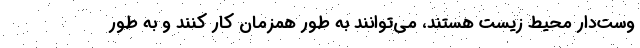
وست‌دار محیط زیست هستند، می‌توانند به طور همزمان کار کنند و به طور